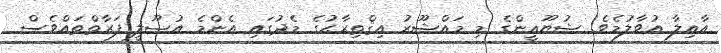
އާއިލާ އުވާލުމެވެ! ޝުޔޫޢީންގެ މި މައްޝޫރު އިޤްތިރާޙުގެ މެދުގައި އެންމެ އުޞޫލީ ފަރާތްތައްވެސް